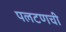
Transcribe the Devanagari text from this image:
पलटणची